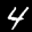
Label: 4